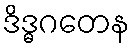
ဒိဒ္ဓဂတေန